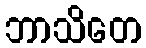
ဘာသိတေ